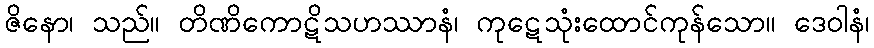
ဇိနော၊ သည်။ တိဏိကောဋိသဟဿာနံ၊ ကုဋေသုံးထောင်ကုန်သော။ ဒေဝါနံ၊